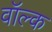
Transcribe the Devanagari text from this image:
वॉल्क